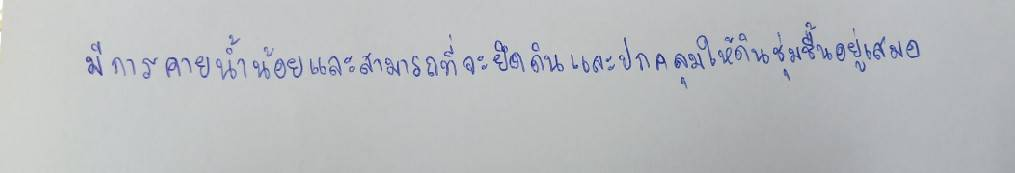
มีการคายน้ำน้อยและสามารถที่จะยึดดินและปกคลุมให้ดินชุ่มชื้นอยู่เสมอ